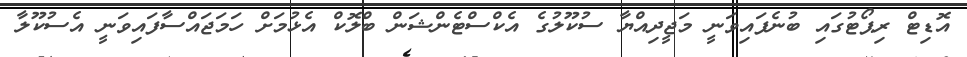
އޮޑިޓް ރިޕޯޓުގައި ބުނެފައިވަނީ މަޖީދިއްޔާ ސުކޫލުގެ އެކްސްޓެންޝަން ބްލޮކް އެޅުމަށް ހަމަޖައްސާފައިވަނީ އެސުކޫލާ